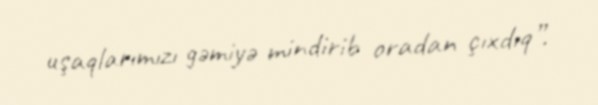
uşaqlarımızı gəmiyə mindirib oradan çıxdıq”.